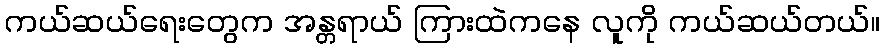
ကယ်ဆယ်ရေးတွေက အန္တရာယ် ကြားထဲကနေ လူကို ကယ်ဆယ်တယ်။